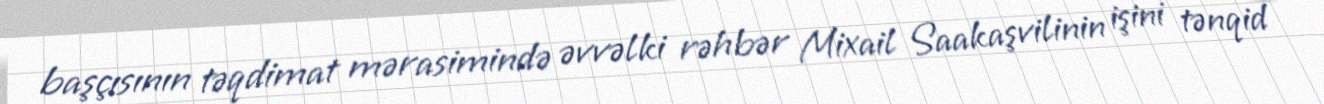
başçısının təqdimat mərasimində əvvəlki rəhbər Mixail Saakaşvilinin işini tənqid